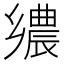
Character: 𮞀